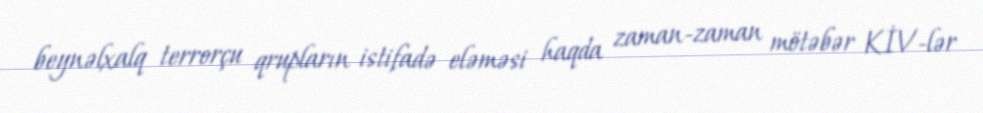
beynəlxalq terrorçu qrupların istifadə eləməsi haqda zaman-zaman mötəbər KİV-lər